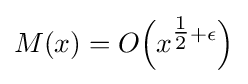
M(x)=O{\Big (}x^{{\tfrac {1}{2}}+\epsilon }{\Big )}